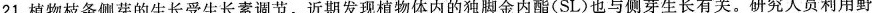
21.植物枝条侧芽的生长受生长素调节。近期发现植物体内的独脚金内酯(SL)也与侧芽生长有关。研究人员利用野